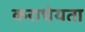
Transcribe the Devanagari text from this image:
कराधेयता